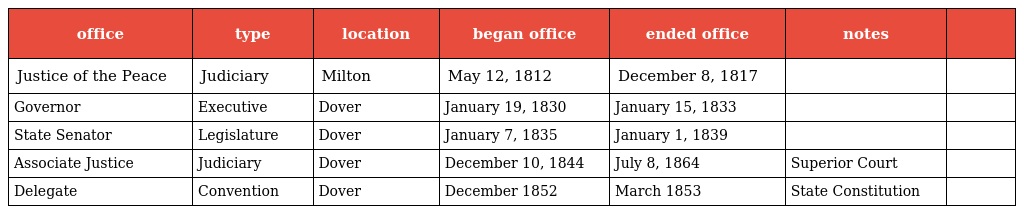
| office | type | location | began office | ended office | notes |  |
 | --- | --- | --- | --- | --- | --- | --- |
 | Justice of the Peace | Judiciary | Milton | May 12, 1812 | December 8, 1817 |  |  |
 | Governor | Executive | Dover | January 19, 1830 | January 15, 1833 |  |  |
 | State Senator | Legislature | Dover | January 7, 1835 | January 1, 1839 |  |  |
 | Associate Justice | Judiciary | Dover | December 10, 1844 | July 8, 1864 | Superior Court |  |
 | Delegate | Convention | Dover | December 1852 | March 1853 | State Constitution |  |